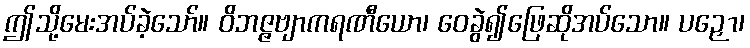
ဤသို့မေးအပ်ခဲ့သော်။ ဝိဘဇ္ဇဗျာကရဏီယော၊ ဝေခွဲ၍ဖြေဆိုအပ်သော။ ပဉှော၊